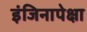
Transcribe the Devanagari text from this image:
इंजिनापेक्षा